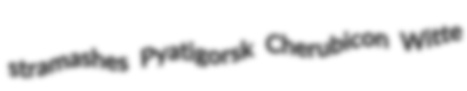
stramashes Pyatigorsk Cherubicon Witte